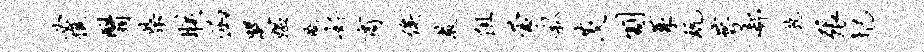
必憔翳柴朕函哭媪衙好商俟教阻蒙私茨割茱玩萼欷虢张圮